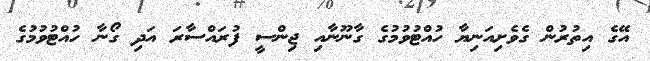
އޭގެ އިތުރުން ގެވެށިއަނިޔާ ހުއްޓުވުމުގެ ގާނޫނާއި ޖިންސީ ފުރައްސާރަ އަދި ގޯނާ ހުއްޓުވުމުގެ